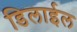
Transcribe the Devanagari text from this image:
डिलाईल